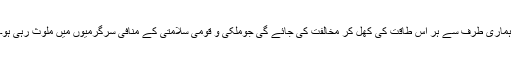
ہماری طرف سے ہر اس طاقت کی کھل کر مخالفت کی جائے گی جوملکی و قومی سلامتی کے منافی سرگرمیوں میں ملوث رہی ہو۔